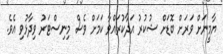
ޔާމީނަށް ވަރަށް ބޮޑަށް ޝުކުރު އަދާކުރައްވާ ކަމަށް ވެސް މިނިސްޓަރު ވިދާޅުވި އެވެ.